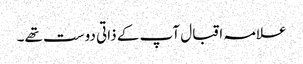
علامہ اقبال آپ کے ذاتی دوست تھے۔